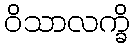
ဝိသာလက္ခိ